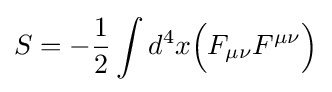
S=-{\frac {1}{2}}\int d^{4}x{\Big (}F_{\mu \nu }F^{\mu \nu }{\Big )}